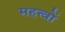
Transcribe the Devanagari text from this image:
महत्त्वों